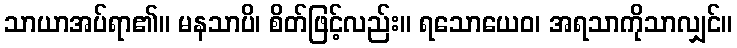
သာယာအပ်ရာ၏။ မနသာပိ၊ စိတ်ဖြင့်လည်း။ ရသောယေဝ၊ အရသာကိုသာလျှင်။